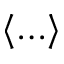
\langle \ldots \rangle